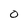
Character: O